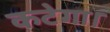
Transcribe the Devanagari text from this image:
कटेगा।